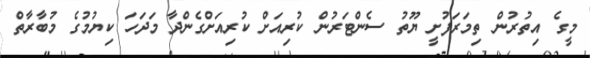
މީގެ އިތުރުން ތިމަރަފުށީ ޔޫތު ސެންޓަރުން ކުރިއަށް ކުރިއަށްގެންދާ މަދަހަ ކިޔުމުގެ މުބާރާތް